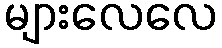
များလေလေ